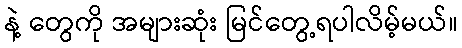
နဲ့ တွေကို အများဆုံး မြင်တွေ့ရပါလိမ့်မယ်။